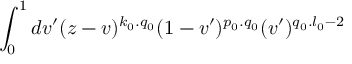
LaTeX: \int _ { 0 } ^ { 1 } d v ^ { \prime } ( z - v ) ^ { k _ { 0 } . q _ { 0 } } ( 1 - v ^ { \prime } ) ^ { p _ { 0 } . q _ { 0 } } ( v ^ { \prime } ) ^ { q _ { 0 } . l _ { 0 } - 2 }